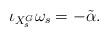
LaTeX: \begin{align*}\iota_{X_s^G}\omega_s=-\tilde{\alpha}.\end{align*}